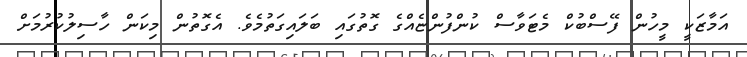
އަމާޒަކީ މީހުން ފޭސްބުކް މެޓަވާސް ކުންފުންޏެއްގެ ގޮތުގައި ބަލައިގަތުމެވެ. އެގޮތުން މިކަން ހާސިލުކުރުމަށް